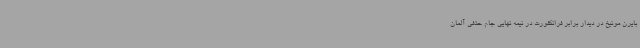
بایرن مونیخ در دیدار برابر فرانکفورت در نیمه نهایی جام حذفی آلمان